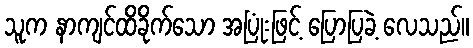
သူက နာကျင်ထိခိုက်သော အပြုံးဖြင့် ပြောပြခဲ့ လေသည်။